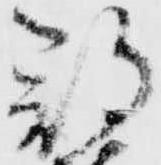
郡